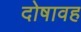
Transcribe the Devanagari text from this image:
दोषावह